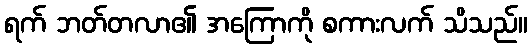
ရက် ဘတ်တလာ၏ အကြောကို စကားလက် သိသည်။